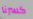
كسرنا